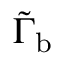
\tilde { \Gamma } _ { \mathrm { { b } } }